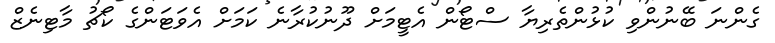
ގެންނަ ބޭނުންވި ކުޅުންތެރިޔާ ސްޓޯން އެޓީމަށް ދޫނުކުރާނެ ކަމަށް އެވަޓަންގެ ކޯޗު މާޓިނެޒް